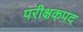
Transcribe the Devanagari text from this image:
परीक्षकपद